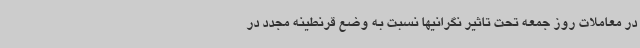
در معاملات روز جمعه تحت تاثیر نگرانیها نسبت به وضع قرنطینه مجدد در